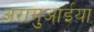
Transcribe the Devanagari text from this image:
अरागुआईया